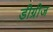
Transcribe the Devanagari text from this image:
डीग्रीज